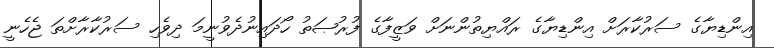
އިންޑިޔާގެ ސަރުކާރަށް އިންޑިޔާގެ ރައްޔިތުންނަށް ވަޒީފާގެ ފުރުޞަތު ހޯދައިނުދެވުނީމަ ދިވެހި ސަރުކާރާށްތަ ޖެހެނީ